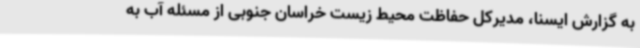
به گزارش ایسنا، مدیرکل حفاظت محیط زیست خراسان جنوبی از مسئله آب به